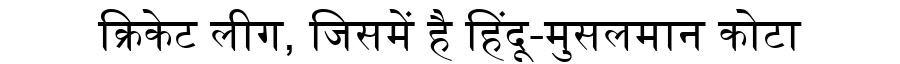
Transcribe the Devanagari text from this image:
क्रिकेट लीग, जिसमें है हिंदू-मुसलमान कोटा